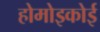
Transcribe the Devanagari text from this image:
होमोइकोई